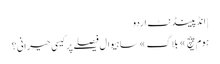
| انڈپینڈنٹ اردو
ہوم پیچ » بلاگ » ساہیوال فیصلے پر کیسی حیرانی؟